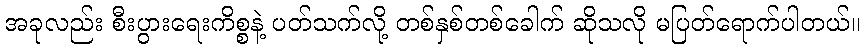
အခုလည်း စီးပွားရေးကိစ္စနဲ့ ပတ်သက်လို့ တစ်နှစ်တစ်ခေါက် ဆိုသလို မပြတ်ရောက်ပါတယ်။